Report of the King Institute of Preventive Medicine, Guindy
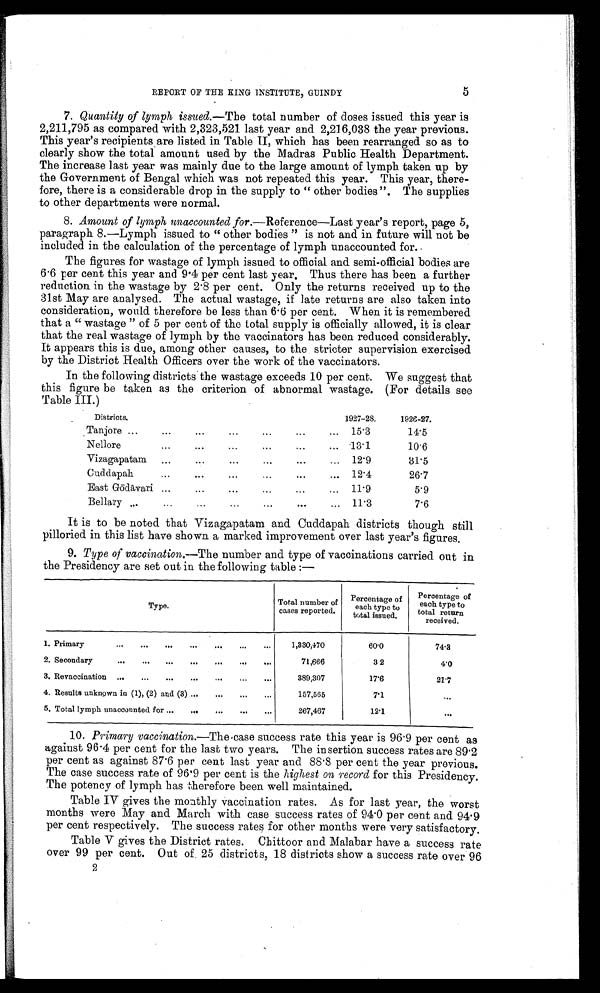
REPORT OF THE RING INSTITUTE, GUINDY
5
7. Quantity of lymph issued.— The total number of doses issued this year is
2,211,795 as compared with 2,323,521 last year and 2,216,038 the year previous.
This year’s recipients are listed in Table II, which has been rearranged so as to
clearly show the total amount used by the Madras Public Health Department.
The increase last year was mainly due to the large amount of lymph taken up by
the Government of Bengal which was not repeated this year. This year, there-
fore, there is a considerable drop in the supply to “ other bodies”. The supplies
to other departments were normal.
8. Amount of lymph unaccounted for.—Reference—Last year’s report, page 5,
paragraph 8.—Lymph issued to “ other bodies ” is not and in future will not be
included in the calculation of the percentage of lymph unaccounted for..
The figures for wastage of lymph issued to official and. semi-official bodies are
6.6 per cent this year and 9.4 per cent last year. Thus there has been a further
reduction in the wastage by 2 . 8 per cent. Only the returns received up to the
31st May are analysed. The actual wastage, if late returns are also taken into
consideration, would therefore be less than 6.6 per cent. When it is remembered
that a “ wastage ” of 5 per cent of the total supply is officially allowed, it is clear
that the real wastage of lymph by the vaccinators has been reduced considerably.
It appears this is due, among other causes, to the stricter supervision exercised
by the District Health Officers over the work of the vaccinators.
In the following districts the wastage exceeds 10 per cent. We suggest that
this figure be taken as the criterion of abnormal wastage. (For details see
Table III.)
Districts.
1927-28.
1926-27.
Tanjore ...
...
...
...
...
...
...
15.3
14.5
Nellore... . . .
...
...
...
...
13.1
10.6
Vizagapatam
...
...
...
...
...
...
12.9
31.5
Cuddapah
...
...
...
...
...
...
12.4
26.7
East Gōdā vari ...
...
...
...
...
...
11.9
5.9
Bellary ...
...
...
... ...
...
...
11.3
7.6
It is to be noted that Vizagapatam and Cuddapah districts though still
pilloried in this list have shown a marked improvement over last year’s figures.
9. Type of vaccination.— The number and type of vaccinations carried out in
the Presidency are set out in the following table :—
T y p e .
Total number of
cases reported.
Percentage of
each type to
total issued.
Percentage of
each type to
total return
received.
1. Primary
...
...
...
...
...
...
...
1,330,170
60.0
74.3
2. Secondary ... ... ... ... ... ... ...
71,666
3 2
4.0
3. Revaccination ...
...
...
...
...
...
...
389,307
17.6
21.7
4. Results unknown in (1), (2) and (3) ...
...
...
...
157,565
7.l
. . .
5. Total lymph unaccounted for ...
...
...
...
...
267,467
12.1
. . .
10. Primary vaccination.—The case success rate this year is 96.9 per cent as
against 96.4 per cent for the last two years. The insertion success rates are 89.2
per cent as against 87.6 per cent last year and 88.8 per cent the year previous.
The case success rate of 96.9 per cent is the highest on record for this Presidency.
The potency of lymph has therefore been well maintained.
Table IV gives the monthly vaccination rates. As for last year, the worst
months were May and March with case success rates of 94.0 per cent and 94.9
per cent respectively. The success rates for other months were very satisfactory.
Table V gives the District rates. Chittoor and Malabar have a success rate
over 99 per cent. Out of 25 districts, 18 districts show a success rate over 96
2